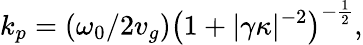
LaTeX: k_{p}=\left(\omega_{0}/2v_{g}\right)\left(1+|\gamma\kappa|^{-2}\right)^{-\frac{1}{2}},